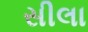
સીલા